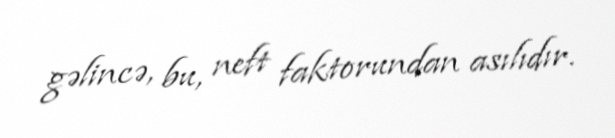
gəlincə, bu, neft faktorundan asılıdır.